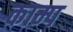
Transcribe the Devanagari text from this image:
काम्प